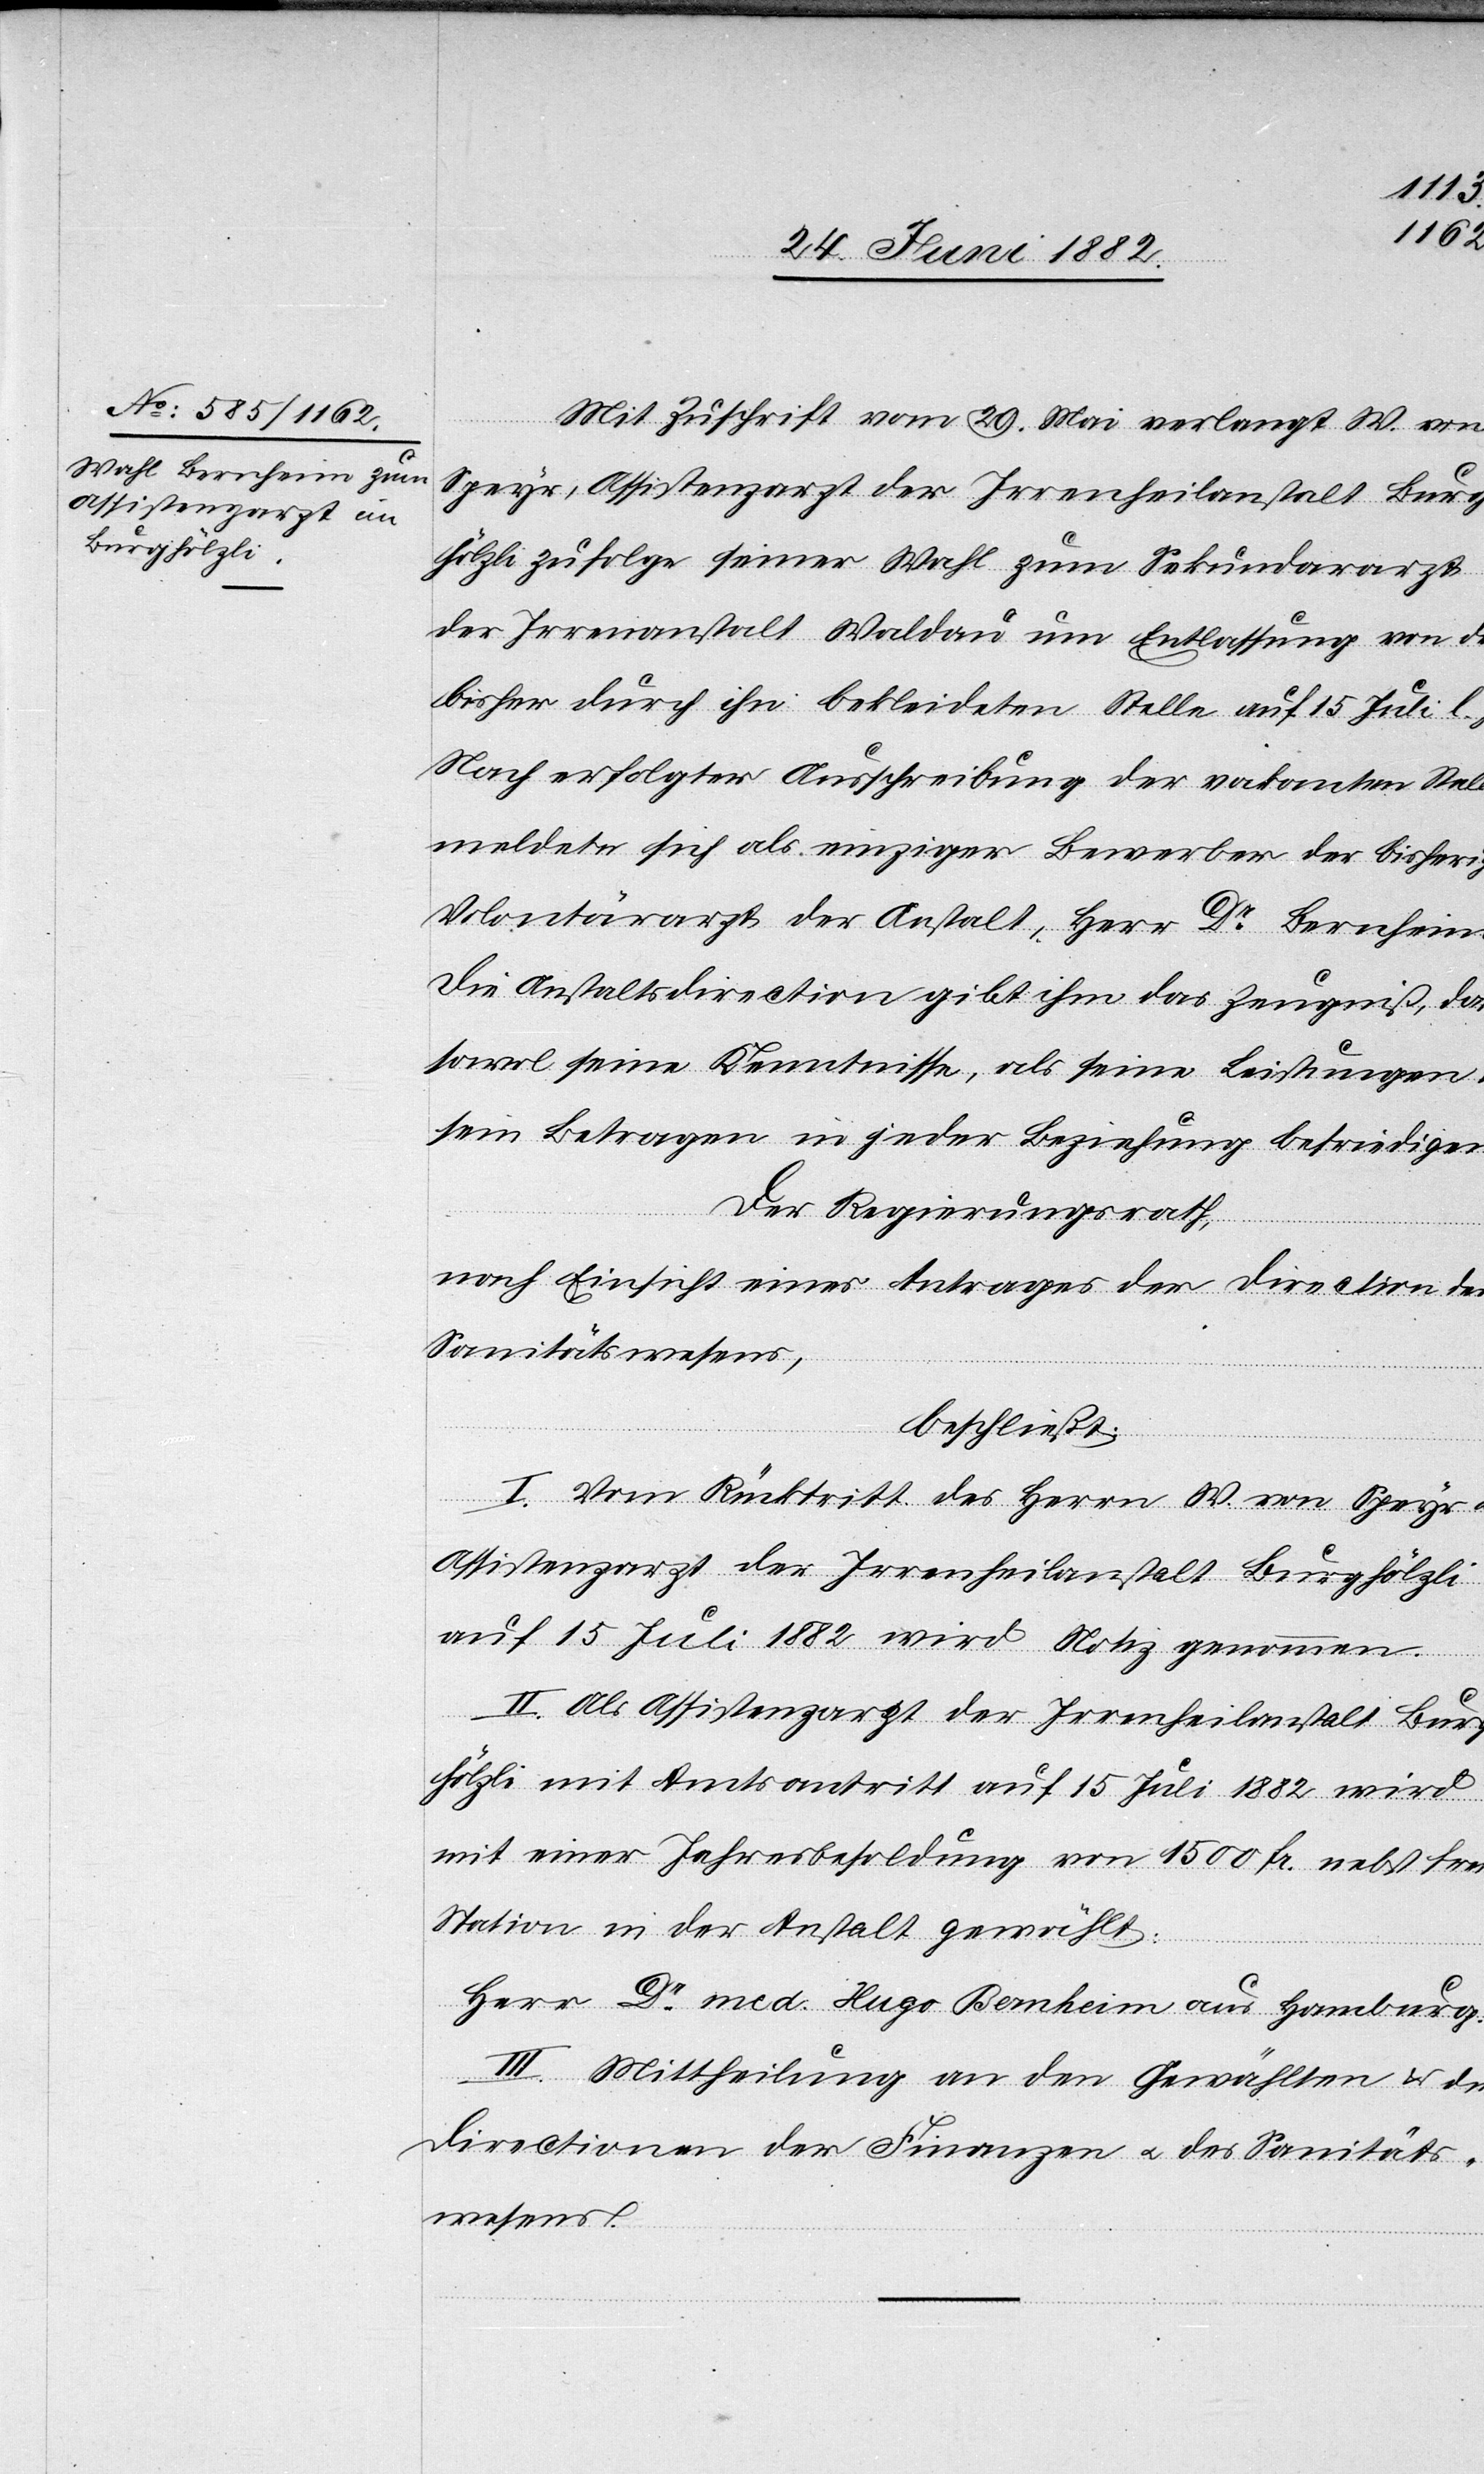
Js.
Mit Zuschrift vom 29. Mai verlangt W. von
Speyr, Assistenzarzt der Irrenheilanstalt Burg¬
hölzli zufolge seiner Wahl zum Sekundararzt
der Irrenanstalt Waldau um Entlassung von der
bisher durch ihn bekleideten Stelle auf 15. Juli l.
Nach erfolgter Ausschreibung der vakanten Stelle
meldete sich als einziger Bewerber der bisherige
Volontärarzt der Anstalt, Herr Dr Bernheim.
Die Anstaltsdirektion gibt ihm das Zeugniß, daß
sowol seine Kenntnisse, als seine Leistungen
sein Betragen in jeder Beziehung befriedigen.
Der Regierungsrath,
nach Einsicht eines Antrages der Direction des
Sanitätswesens,
beschließt:
I. Vom Rücktritt des Herrn W. von Speyr
Assistenzarzt der Irrenheilanstalt Burghölzli
auf 15. Juli 1882 wird Notiz genommen.
II. Als Assistenzarzt der Irrenheilanstalt Bur¬
ghölzli mit Amtsantritt auf 15. Juli 1882 wird
mit einer Jahresbesoldung von 1500 Fr. nebst freier
Station in der Anstalt gewählt:
Herr Dr med. Hugo Bernheim aus Hamburg.
III. Mittheilung an den Gewählten & die
Directionen der Finanzen u. des Sanitäts¬
wesens.